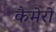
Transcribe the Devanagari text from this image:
कैमेरो